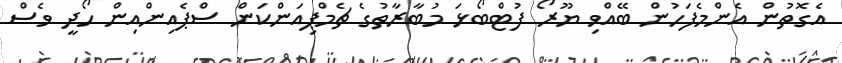
އެގޮތުން އެންމެފަހުން ބޭއްވި ޔޫރޯ ފުޓްބޯޅަ މުބާރާތުގެ ޗެމްޕިއަންކަން ސްޕެއިންއިން ހޯދީ ވެސް